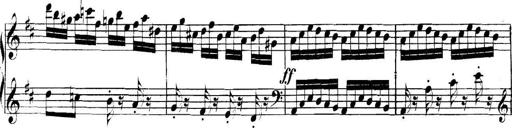
Title: Collected Piano Sonatas
Composer: Muzio Clementi